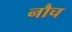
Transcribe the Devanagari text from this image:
नौच